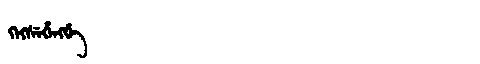
Manchu: ᡴᡝᡴᠰᡝᡥᡝᠩᡤᡝ
Romanization: KEKSEHENGGE